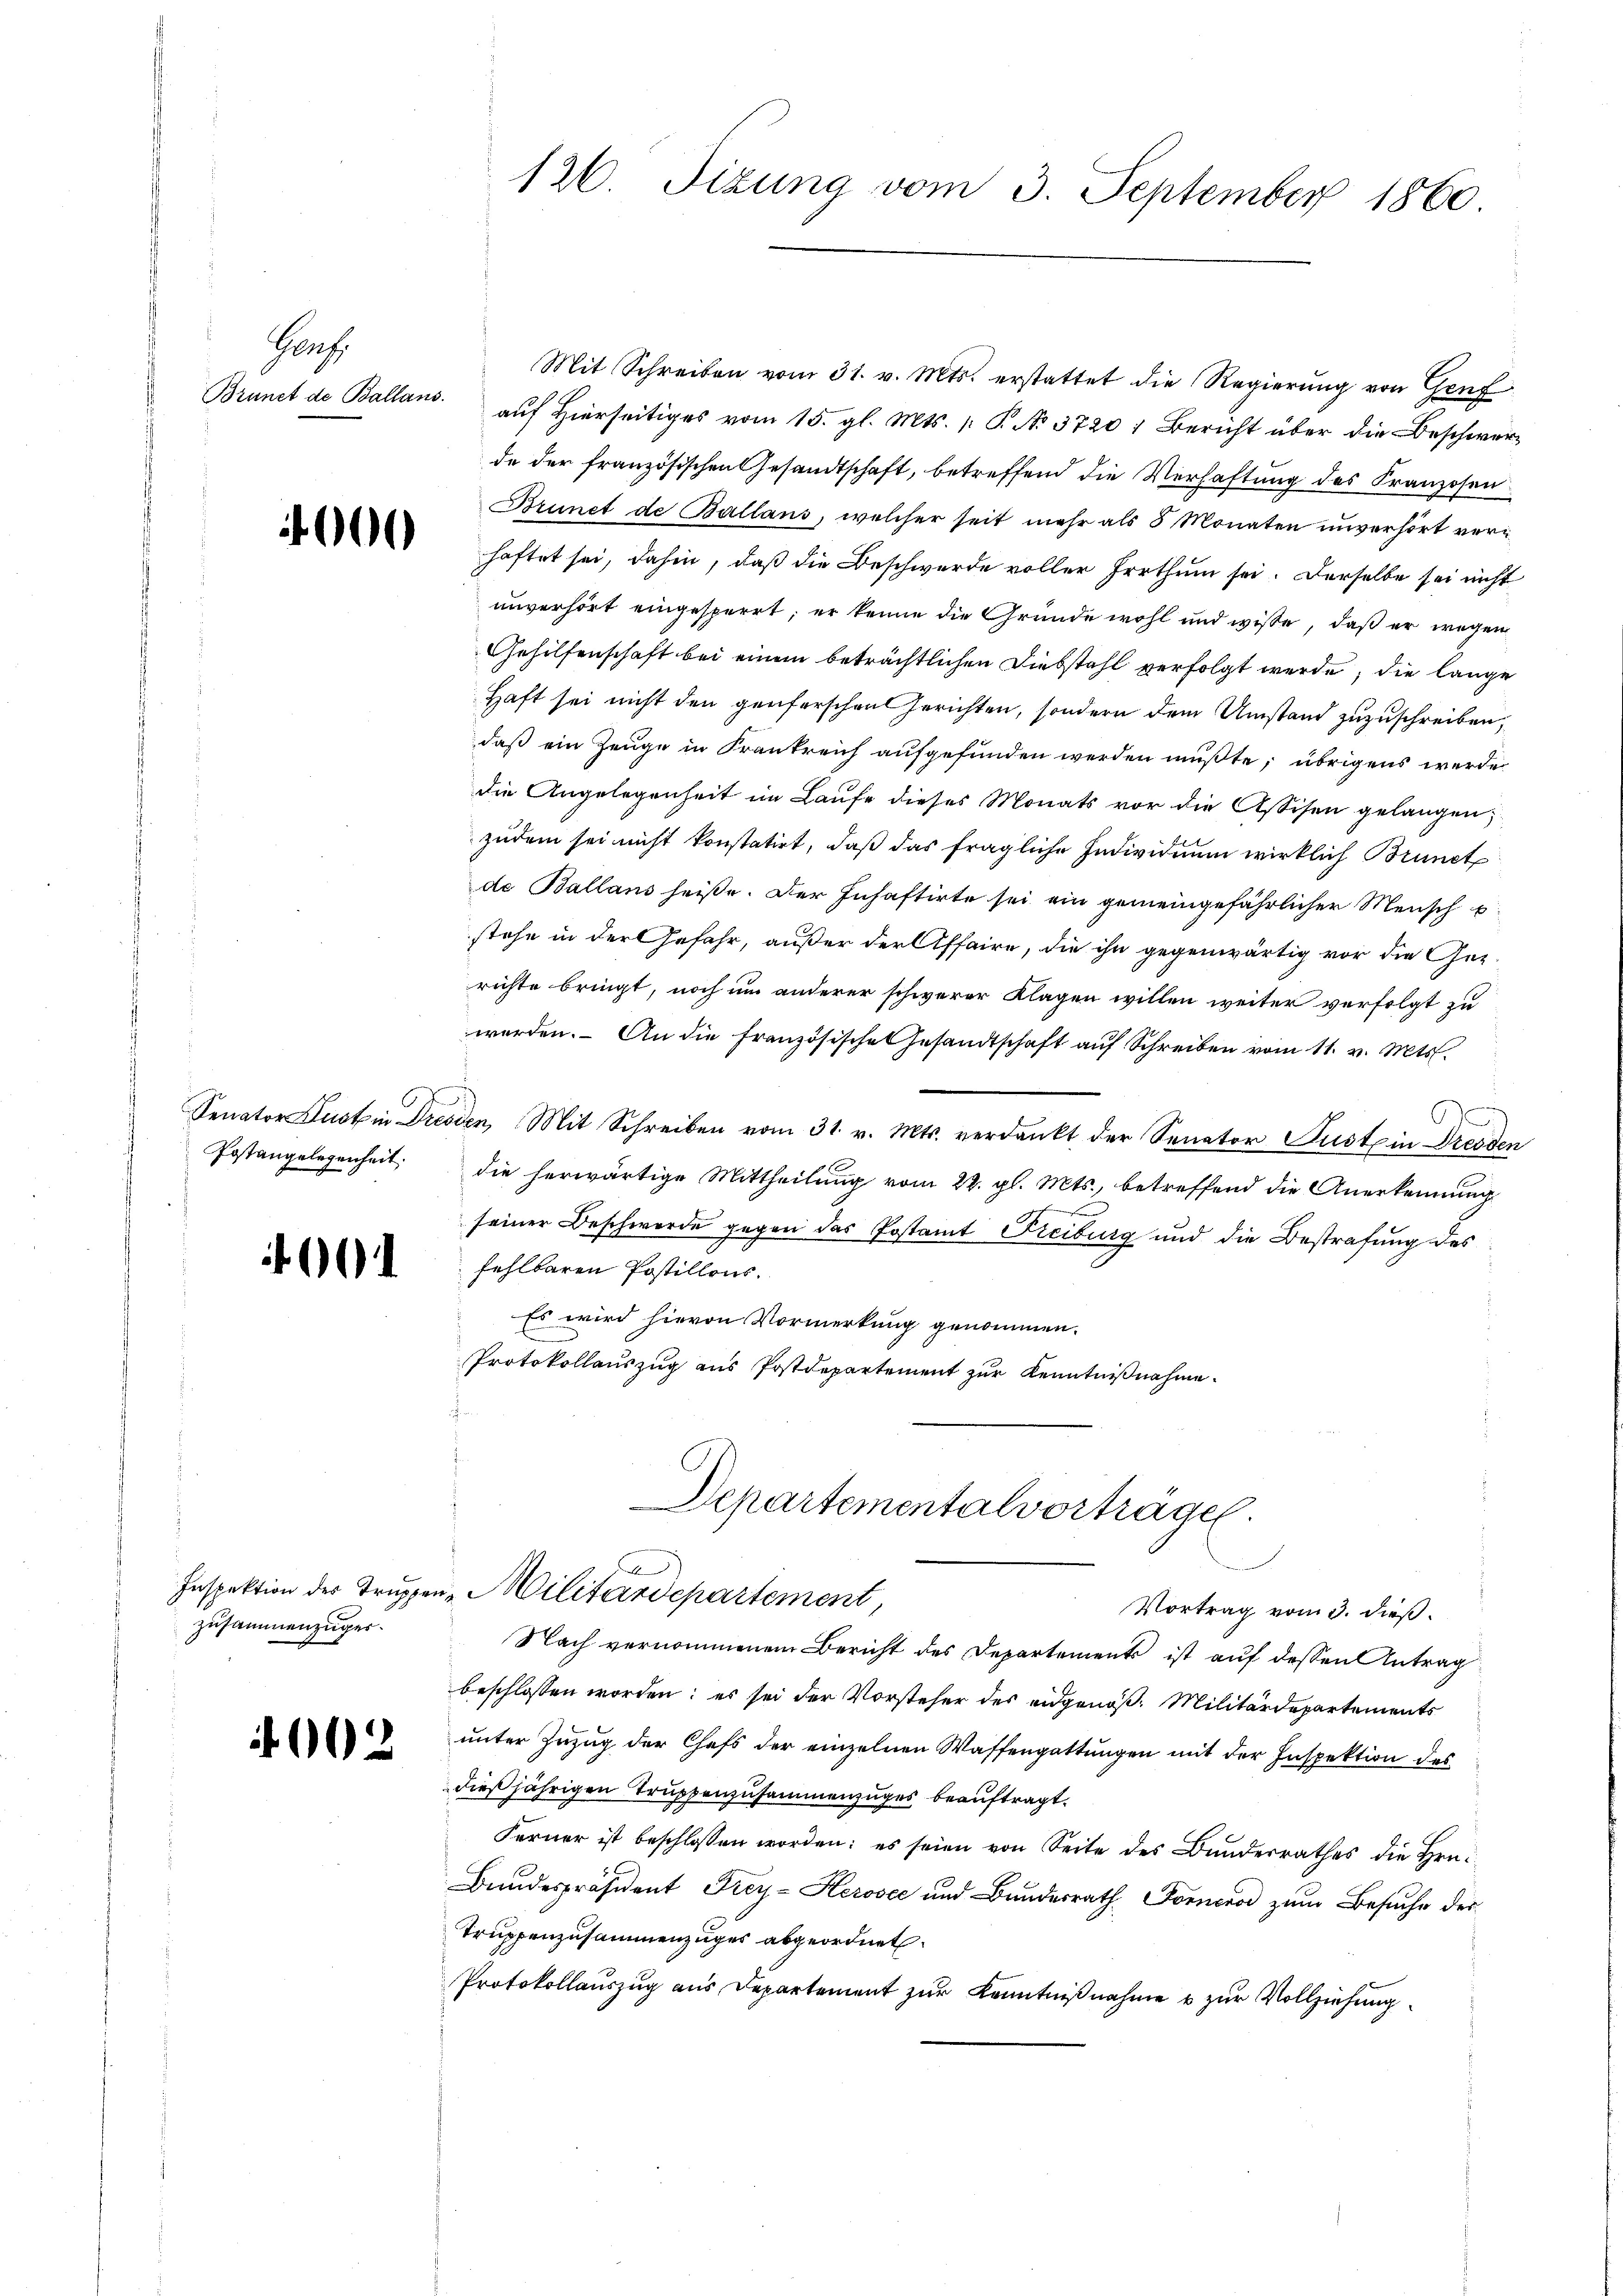
Harz
Brünet de Ballans.

000

Postangelegenheit.

4001

zusammenzüger.

2

126. Sizung vom 3. September 1860

Mit Schreiben vom 31. v. Mts. erstattet die Regierung von Genf
auf Hierseitiges vom 15. gl. Mts. 1 P. No. 3720, Bericht über die Beschwerde der französischen Gesandtschaft, betreffend die Verhaftung des Franzosen¬
Brunet de Ballans, welcher seit mehr als 8 Monaten unverhört verhaftet sei, dahin, daß die Beschwerde voller Irrthum sei. Derselbe sei nicht
unverhört eingesperrt, er kenne die Gründe wohl und wisse, daß er wegen
Gehilfenschaft bei einem beträchtlichen Diebstahl verfolgt werde, die lange
Haft sei nicht den genferschen Gerichten, sondern dem Umstand zuzuschreiben,
daß ein Zeuge in Frankreich aufgefunden werden mußte; übrigens werde
die Angelegenheit im Laufe dieses Monats vor die Assisen gelangen;
zudem sei nicht konstatirt, daß das fragliche Individuum wirklich Brunct
de Ballans heiße. Der Inhaftirte sei ein gemeingefährlicher Mensch p.
stehe in der Gefahr, außer der Affaire, die ihn gegenwärtig vor die Gesrichte bringt, noch um anderer schwerer Klagen willen weiter verfolgt zu
werden. An die französische Gesandtschaft auf Schreiben vom 11. v. Mts.
Senator Justin Dresden, Mit Schreiben vom 31. v. Mts. verdankt der Senator Justi in Dresden
die herwärtige Mittheilung vom 22. gl. Mts., betreffend die Anerkennung
e
seiner Beschwerde gegen das Postamt Freiburg und die Bestrafung des
fehlbaren Postillens.
Es wird hievon Vormerkung genommen.
Protokollauszug aus Postdepartement zur Kenntnißnahme.

Departementalvorträge
A
Inspektion des Truppen Militärdepartement,
Vortrag vom 3. dieß.

Nach vernommenem Bericht des Departements ist auf dessen Antrag
beschlossen worden; es sei der Vorsteher des eidgenöß. Militärdepartements
unter Zuzug der Chefs der einzelnen Waffengattungen mit der Inspektion des
dießjährigen Truppenzusammenzuges beauftragt.
Ferner ist beschlossen worden; es seien von Seite des Bŭnderrathes die Hrn.
Bundespräsident Frey- Herosec und Bundesrath Forneros zum Besuche der
Truppenzusammenzuges abgeordnet.
Protokollauszug aus Departement zur Kenntnißnahme & zur Vollziehung